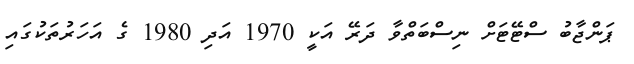
ޕަންޖާބު ސްޓޭޓަށް ނިސްބަތްވާ ދަރޭ އަކީ 1970 އަދި 1980 ގެ އަހަރުތަކުގައި